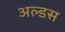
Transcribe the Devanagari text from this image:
अल्डस